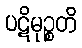
ပဋိမုဉ္စတိ